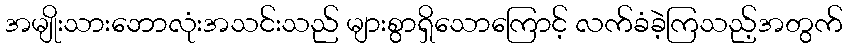
အမျိုးသားဘောလုံးအသင်းသည် များစွာရှိသောကြောင့် လက်ခံခဲ့ကြသည့်အတွက်